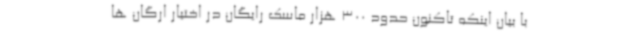
با بیان اینکه تاکنون حدود 300 هزار ماسک رایگان در اختیار ارگان ها